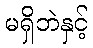
မရှိဘဲနှင့်